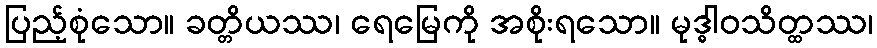
ပြည့်စုံသော။ ခတ္တိယဿ၊ ရေမြေကို အစိုးရသော။ မုဒ္ဓါဝသိတ္ထဿ၊